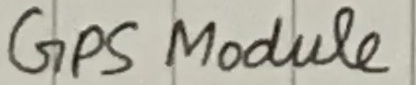
Text: GPS Module